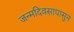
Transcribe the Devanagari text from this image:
जन्मदिवसापासुन